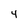
Character: 4